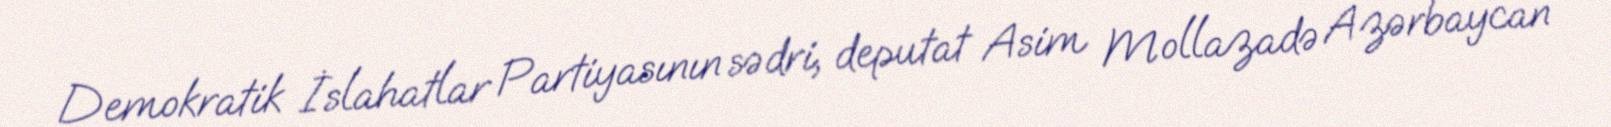
Demokratik İslahatlar Partiyasının sədri, deputat Asim Mollazadə Azərbaycan